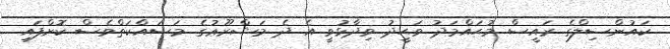
ކައުންސިލްގެ ރައީސް މުޙައްމަދު ވަޙީދު ވިދާޅުވީ އެ ދެ މަޝްރޫޢުގެ މަސައްކަތްވެސް ކޮށްފައި